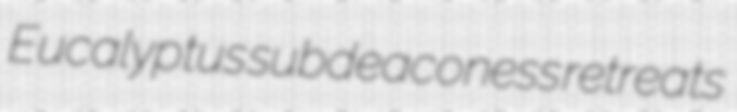
Eucalyptus subdeaconess retreats